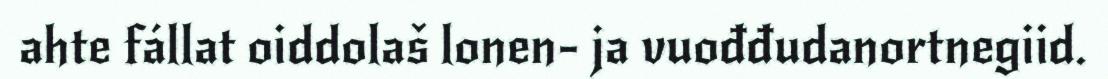
ahte fállat oiddolaš lonen- ja vuođđudanortnegiid.